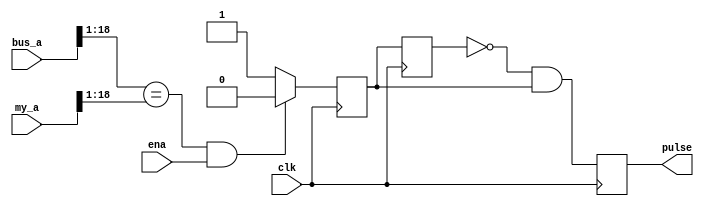
module reg_r_det(
	      input wire clk,
	      input wire [18:0] bus_a,
	      input wire [18:0] my_a,
	      input wire ena,
	      output reg pulse

	      );

   reg 			  gotread, gotread_d;
   reg [7:0] 		  state;
   
   always @(posedge clk) begin
      if( (bus_a[18:1] == my_a[18:1]) && ena ) begin
	 gotread <= 1'b0;
      end else begin
	 gotread <= 1'b1;
      end
   end

   always @(posedge clk) begin
      gotread_d <= gotread;
      pulse <= !gotread_d && gotread;
   end

endmodule // reg_r_det